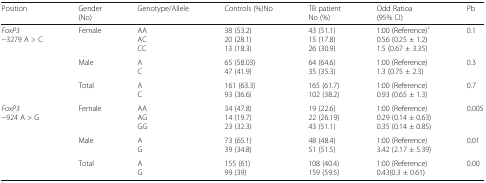
<table><thead><tr><td><b>Position</b></td><td><b>Gender(No)</b></td><td><b>Genotype/Allele</b></td><td><b>Controls (%)No</b></td><td><b>TB patientNo (%)</b></td><td><b>Odd Ratioa(95% CI)</b></td><td><b>Pb</b></td></tr></thead><tbody><tr><td rowspan="3"><i>FoxP3</i>−3279 A &gt; C</td><td>Female</td><td>AAACCC</td><td>38 (53.2)20 (28.1)13 (18.3)</td><td>43 (51.1)15 (17.8)26 (30.9)</td><td>1:00 (Reference)<sup>c</sup>0.56 (0.25 ± 1.2)1.5 (0.67 ± 3.35)</td><td>0.1</td></tr><tr><td>Male</td><td>AC</td><td>65 (58.03)47 (41.9)</td><td>64 (64.6)35 (35.3)</td><td>1:00 (Reference)1.3 (0.75 ± 2.3)</td><td>0.3</td></tr><tr><td>Total</td><td>AC</td><td>161 (63.3)93 (36.6)</td><td>165 (61.7)102 (38.2)</td><td>1:00 (Reference)0.93 (0.65 ± 1.3)</td><td>0.7</td></tr><tr><td rowspan="3"><i>FoxP3</i>−924 A &gt; G</td><td>Female</td><td>AAAGGG</td><td>34 (47.8)14 (19.7)23 (32.3)</td><td>19 (22.6)22 (26.19)43 (51.1)</td><td>1:00 (Reference)0.29 (0.14 ± 0.63)0.35 (0.14 ± 0.85)</td><td>0.005</td></tr><tr><td>Male</td><td>AG</td><td>73 (65.1)39 (34.8)</td><td>48 (48.4)51 (51.5)</td><td>1:00 (Reference)3.42 (2.17 ± 5.39)</td><td>0.01</td></tr><tr><td>Total</td><td>AG</td><td>155 (61)99 (39)</td><td>108 (40.4)159 (59.5)</td><td>1:00 (Reference)0.43(0.3 ± 0.61)</td><td>0.00</td></tr></tbody></table>